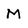
Character: M